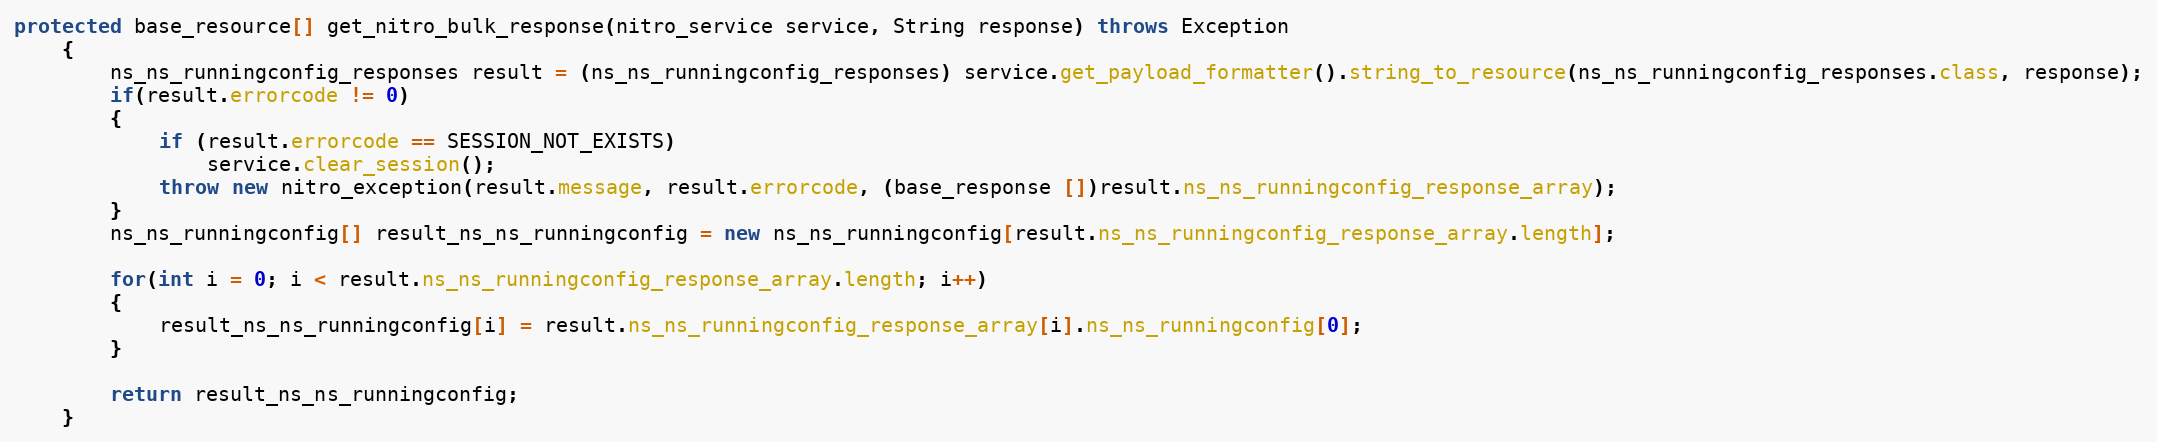
Language: Java
protected base_resource[] get_nitro_bulk_response(nitro_service service, String response) throws Exception
	{
		ns_ns_runningconfig_responses result = (ns_ns_runningconfig_responses) service.get_payload_formatter().string_to_resource(ns_ns_runningconfig_responses.class, response);
		if(result.errorcode != 0)
		{
			if (result.errorcode == SESSION_NOT_EXISTS)
				service.clear_session();
			throw new nitro_exception(result.message, result.errorcode, (base_response [])result.ns_ns_runningconfig_response_array);
		}
		ns_ns_runningconfig[] result_ns_ns_runningconfig = new ns_ns_runningconfig[result.ns_ns_runningconfig_response_array.length];

		for(int i = 0; i < result.ns_ns_runningconfig_response_array.length; i++)
		{
			result_ns_ns_runningconfig[i] = result.ns_ns_runningconfig_response_array[i].ns_ns_runningconfig[0];
		}

		return result_ns_ns_runningconfig;
	}